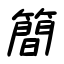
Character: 簡